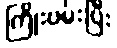
ကြိုးပမ်းပြီး